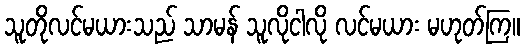
သူတိုလင်မယားသည် သာမန် သူလိုငါလို လင်မယား မဟုတ်ကြ။